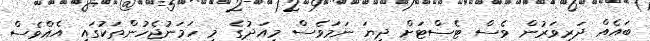
ބައެއް ދަރިވަރުން ވެސް ޓެސްޓަށް ދިޔަ ނަމަވެސް މިއަދުގެ މި ހަމަނުޖެހުންތަކުގައި އެއްވެސް